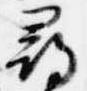
尋